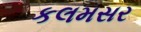
કલમસર